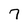
Character: 7